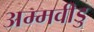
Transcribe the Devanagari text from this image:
अम्मवीडु